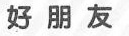
好 朋 友